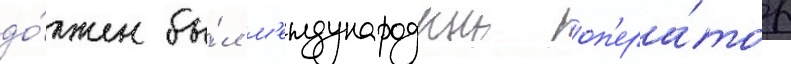
до́лжен бы́л м'еждународныи оп'ера́тор